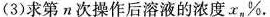
(3)求第n次操作后溶液的浓度x_{n}%.